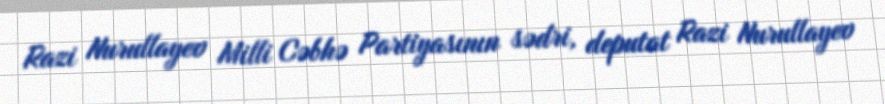
Razi Nurullayev Milli Cəbhə Partiyasının sədri, deputat Razi Nurullayev